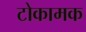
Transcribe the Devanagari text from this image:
टोकामक